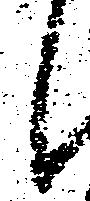
候